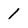
Character: 1